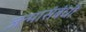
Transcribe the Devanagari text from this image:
जन्मासंबंधी